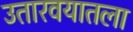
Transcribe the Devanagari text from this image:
उतारवयातला